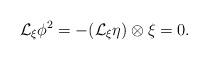
LaTeX: \begin{align*}\mathcal{L}_{\xi }\phi ^{2}=-(\mathcal{L}_{\xi }\eta )\otimes \xi =0.\end{align*}